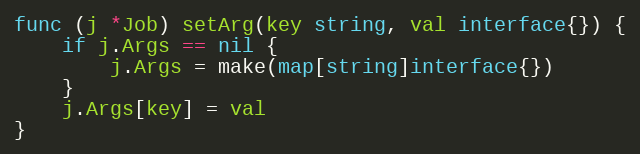
Language: Go
func (j *Job) setArg(key string, val interface{}) {
	if j.Args == nil {
		j.Args = make(map[string]interface{})
	}
	j.Args[key] = val
}